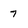
Character: 7